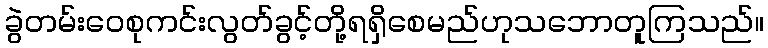
ခွဲတမ်းဝေစုကင်းလွတ်ခွင့်တို့ရရှိစေမည်ဟုသဘောတူကြသည်။